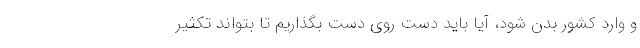
و وارد کشور بدن شود، آیا باید دست روی دست بگذاریم تا بتواند تکثیر